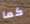
كما